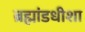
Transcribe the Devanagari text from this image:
ब्रह्मांडधीशा